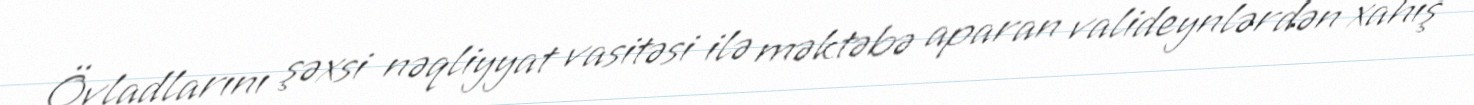
Övladlarını şəxsi nəqliyyat vasitəsi ilə məktəbə aparan valideynlərdən xahiş